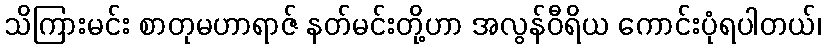
သိကြားမင်း စာတုမဟာရာဇ် နတ်မင်းတို့ဟာ အလွန်ဝီရိယ ကောင်းပုံရပါတယ်၊